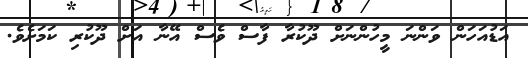
އަޑުއަހަން ވަންނަ މީހުންނަށް ދޫކުރާ ފާސް ވެސް އޭނާ އަށް ދޫކުރި ކަމަށެވެ.